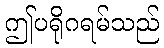
ဤပရိုဂရမ်သည်